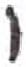
אות: י